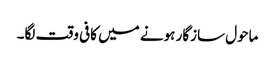
ماحول سازگار ہونے میں کافی وقت لگا۔